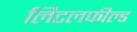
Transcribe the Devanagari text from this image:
लिटलफील्ड